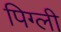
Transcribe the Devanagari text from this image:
पिग्ली